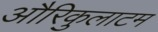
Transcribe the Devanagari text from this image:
औरिकुलाटम